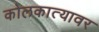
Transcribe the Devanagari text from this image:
कोलकात्यावर